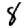
Digit: 8